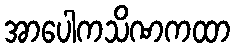
အာပေါကသိဏကထာ